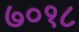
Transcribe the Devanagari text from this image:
७०१८